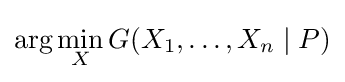
\arg \min _{X}G(X_{1},\dots ,X_{n}\mid P)